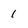
Character: 1